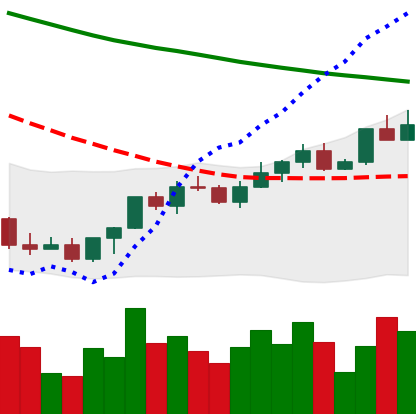
Ticker: LINK-USD
Chart end date: 2022-03-29
Forward return: 6.605%
Label: up_5_7